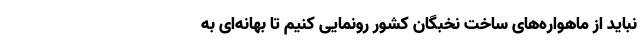
نباید از ماهواره‌های ساخت نخبگان کشور رونمایی کنیم تا بهانه‌ای به